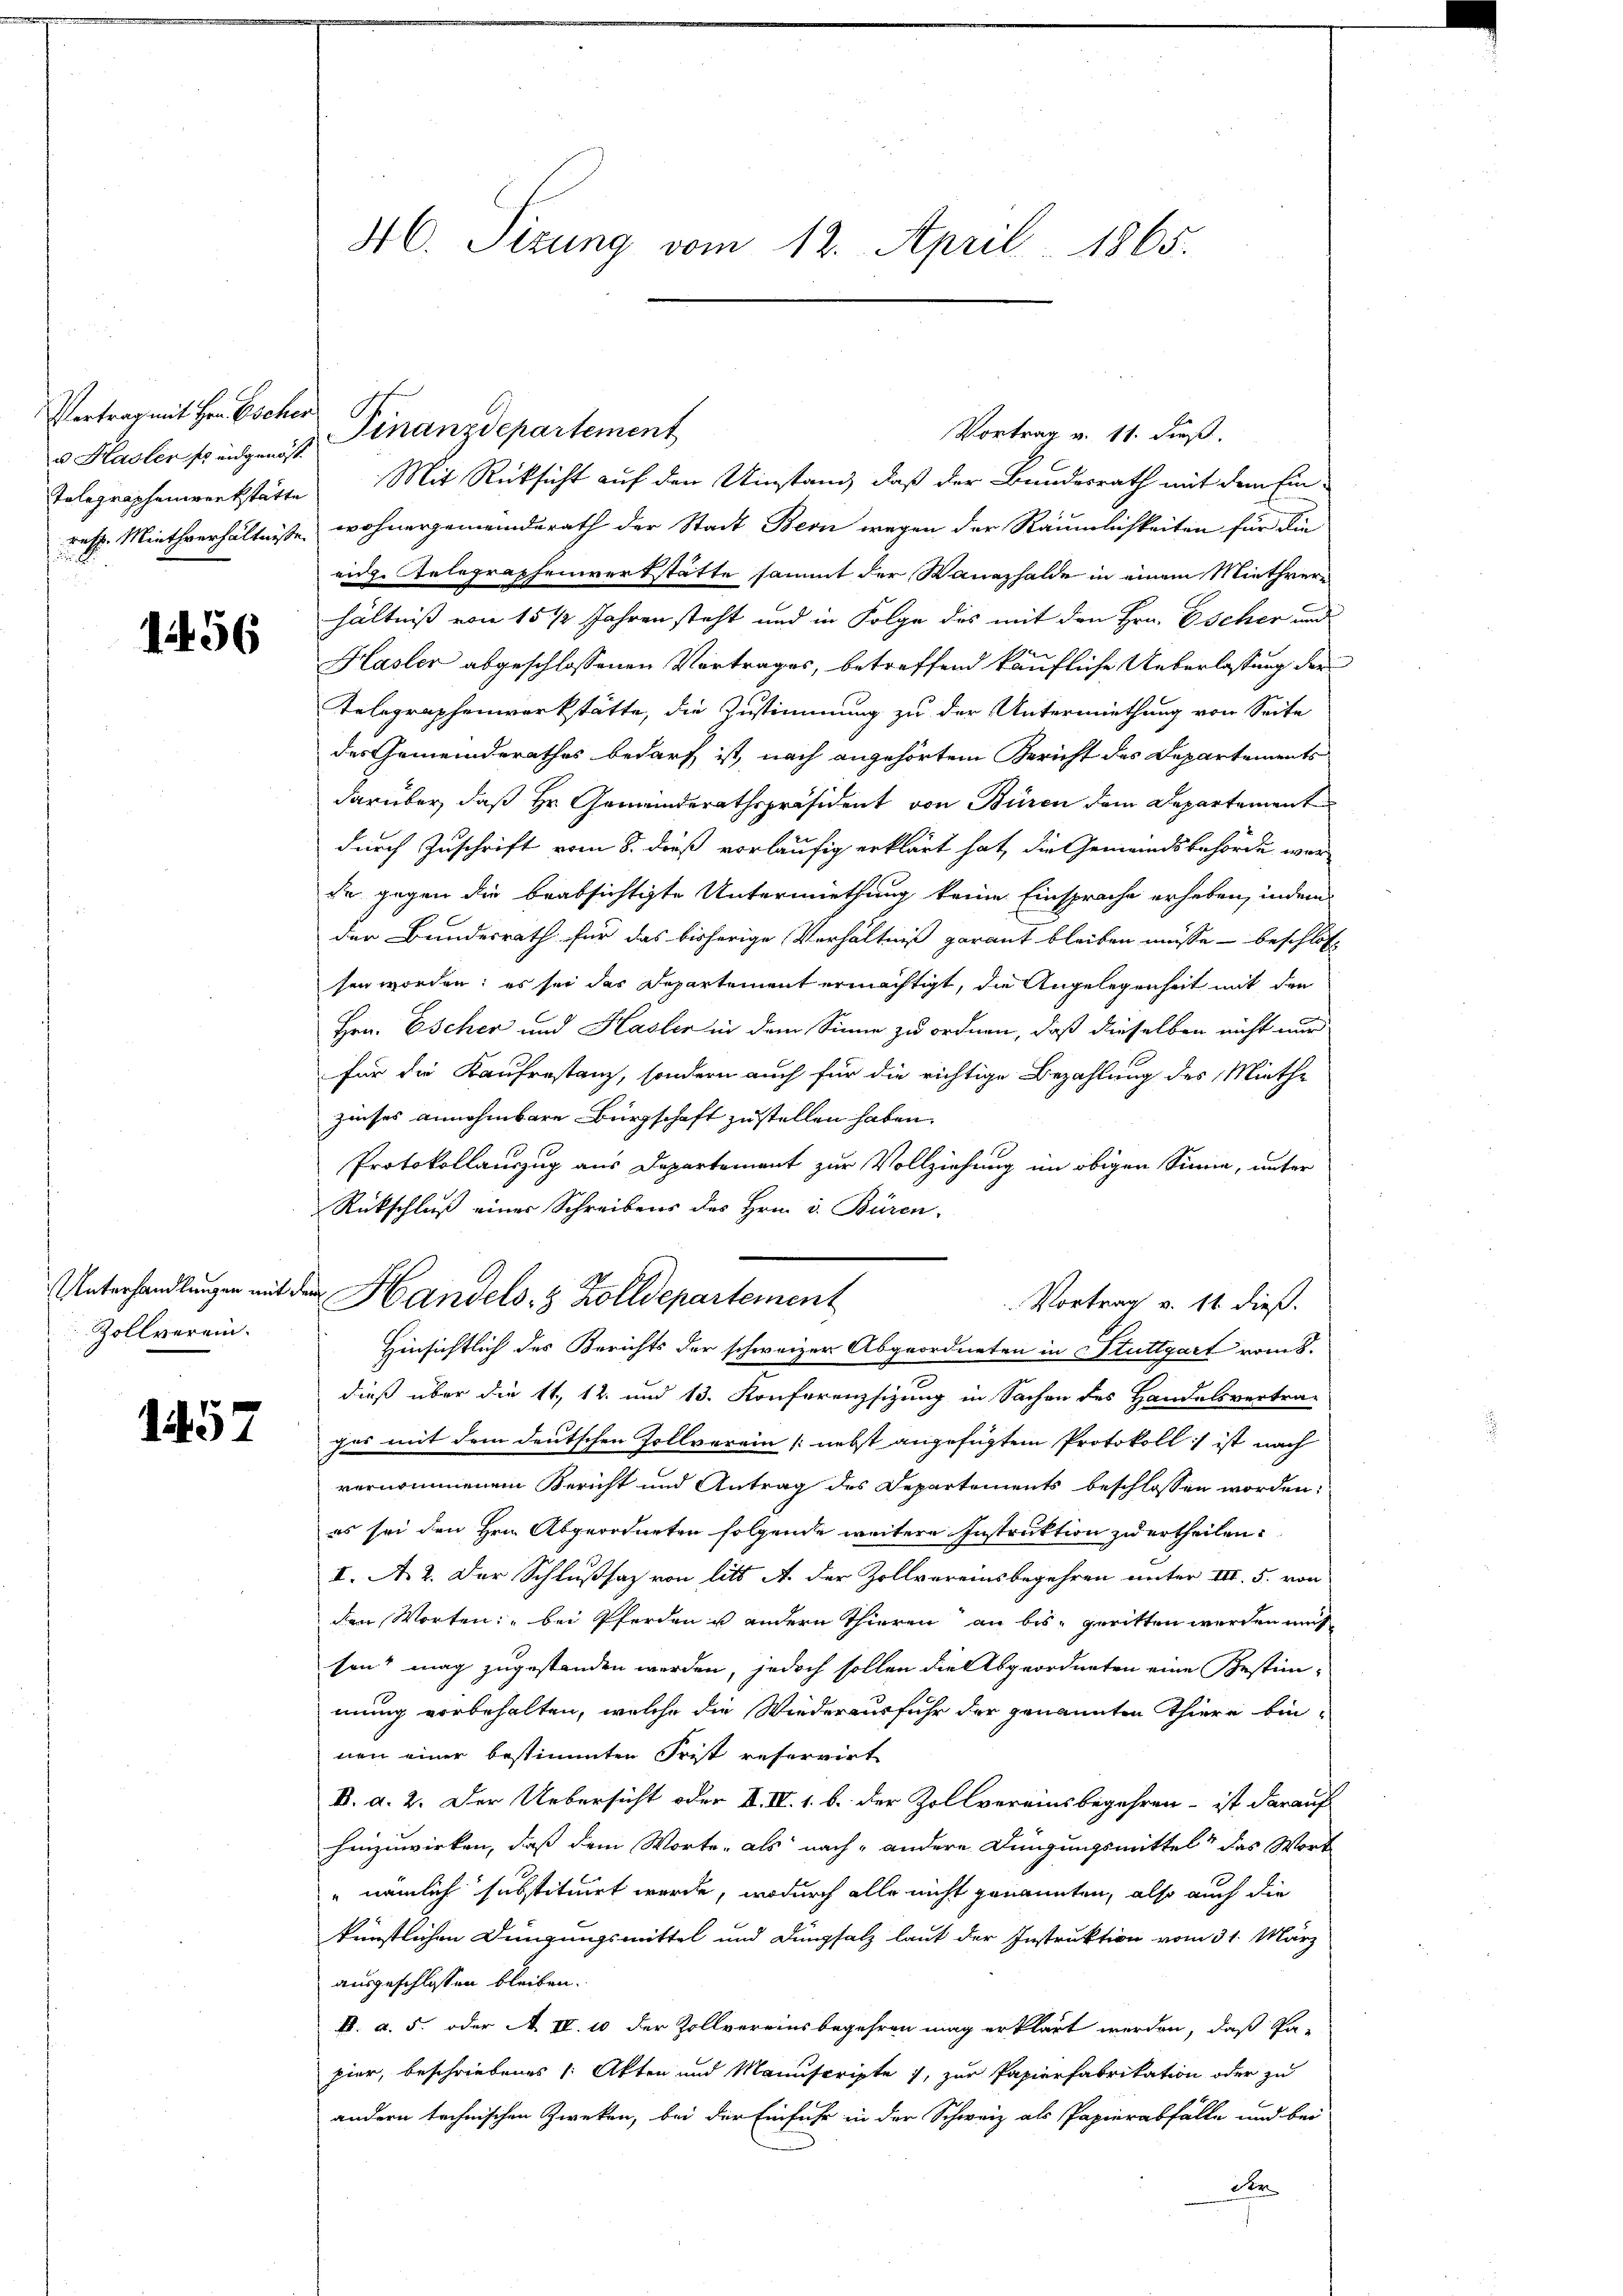
Vertrag mit Hrn. Escher

1456

Zollverein.

157

Vortrag v. 11. dieß.
v. Stadler pringen ist Finanzdepartement
Tolographenwerkstätte Mit Rücksicht auf den Umstand, daß der Bundesrath mit dem Ein¬
resp. Miethverhältniße wohnergemeinderath der Stadt Bern wegen der Räumlichkeiten für die
eidg. Telegraphenwerkstätte sammt der Sanazhalde in einem Miethvere
hältniß von 15 1/2 Jahren steht und in Folge des mit den Hrn. Escher und
Hasler abgeschlossenen Vortrages, betreffend käufliche Ueberlassung der
Telegraphenwerkstätte, die Zustimmung zu der Untermiethung von Seite
des Gemeinderathes bedarf ist, nach angehörtem Bericht des Departements
darüber, daß Hr. Gemeinderathspräsident von Büren dem Departement
durch Zuschrift vom 8. dieß vorläufig erklärt hat, die Gemeindsbehörde war
de gegen die beabsichtigte Untermiethung keine Einsprache erheben, indem
der Bundesrath für das bisherige Verhältniß garant bleiben müsse - beschlos
sen worden; es sei das Departement ermächtigt, die Angelegenheit mit den
Hrn. Escher und Hasler in dem Sinne zu ordnen, daß dieselben nicht nur
für die Kaufrestanz, sondern auch für die richtige Bezahlung des Miethe
zinses annehmbare Bürgschaft zu stellen haben.
Protokollauszug aus Departement zur Vollziehung im obigen Sinne, unter
Rückschluß einer Schreibens des Hrn. v. Büren,
Unterhandlungen mit dem Handels- & Zolldepartement
Vortrag v. 11. dieß.
Hinsichtlich des Berichts der schweizer Abgeordneten in Stuttgart vom 8.
dieß über die 11, 12. und 13. Konferenzsizung in Sachen des Handelsvertra-
gas mit dem deutschen Zollverein (nebst angefügtem Protokoll ist nach
vernommenem Bericht und Antrag des Departements beschlossen worden.
es sei den Hrn. Abgeordneten folgende weitere Instruktion zu ertheilen.
II. No 2. Der Schlußsaz von litt A. der Zollvereinsbegehren unter III 5. von
den Worten: "bei Pferden u andern Thieren an bis geritten werden muß
son mag zugestanden werden, jedoch sollen die Abgeordneten eine Bestimmung vorbehalten, welche die Wiederausfuhr der genannten Thiere bin-
nen einer bestimmten Frist referirt
B. d. 2. Der Uebersicht oder II. IV. 1. b. der Zollvereinsbegehren - ist darauf
hinzuwirken, daß dem Worte, als nach andere Dingungsmittelt das Wort
"nämlich substituirt werde, wodurch alle nicht genannten, also auch die
künstlichen Deingungsmittel und Dungsalz laut der Instruktion vom 31. März
ausgeschlossen bleiben.
k. a. 5. oder A. II. 10 der Zollvereinsbegehren mag erklärt werden, daß Pa-
pier, beschriebenes /: Akten und Manuscripte, zur Papierfabrikation oder zu
andern technischen Zweken, bei der Einfuhr in der Schweiz als Papierabfälle und bei
der

46. Sizung vom 12. April 1865.